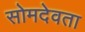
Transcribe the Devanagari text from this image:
सोमदेवता